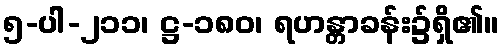
၅-ပါ-၂၁၁၊ ဋ္ဌ-၁၈၀၊ ရဟန္တာခန်း၌ရှိ၏။